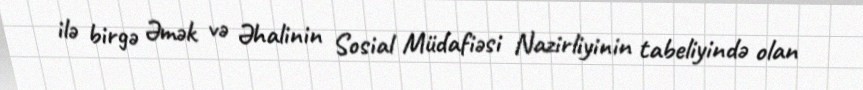
ilə birgə Əmək və Əhalinin Sosial Müdafiəsi Nazirliyinin tabeliyində olan